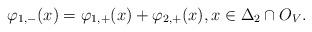
LaTeX: \begin{align*} \varphi_{1,-}(x) = \varphi_{1,+}(x) + \varphi_{2,+}(x), x \in \Delta_2 \cap O_V.\end{align*}